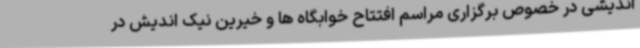
اندیشی در خصوص برگزاری مراسم افتتاح خوابگاه ها و خیرین نیک اندیش در